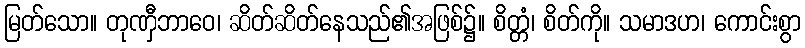
မြတ်သော။ တုဏှီဘာဝေ၊ ဆိတ်ဆိတ်နေသည်၏အဖြစ်၌။ စိတ္တံ၊ စိတ်ကို။ သမာဒဟ၊ ကောင်းစွာ